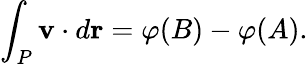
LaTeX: \int_{P}\mathbf{v}\cdot d{\mathbf{r}}=\varphi(B)-\varphi(A).